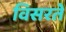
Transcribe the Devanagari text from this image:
विसरते